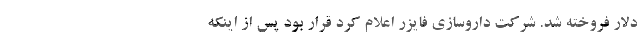
دلار فروخته شد. شرکت داروسازی فایزر اعلام کرد قرار بود پس از اینکه